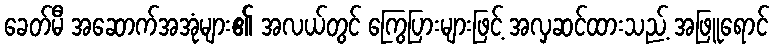
ခေတ်မီ အဆောက်အအုံများ၏ အလယ်တွင် ကြွေပြားများဖြင့် အလှဆင်ထားသည့် အဖြူရောင်